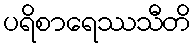
ပရိစာရေဿသီတိ